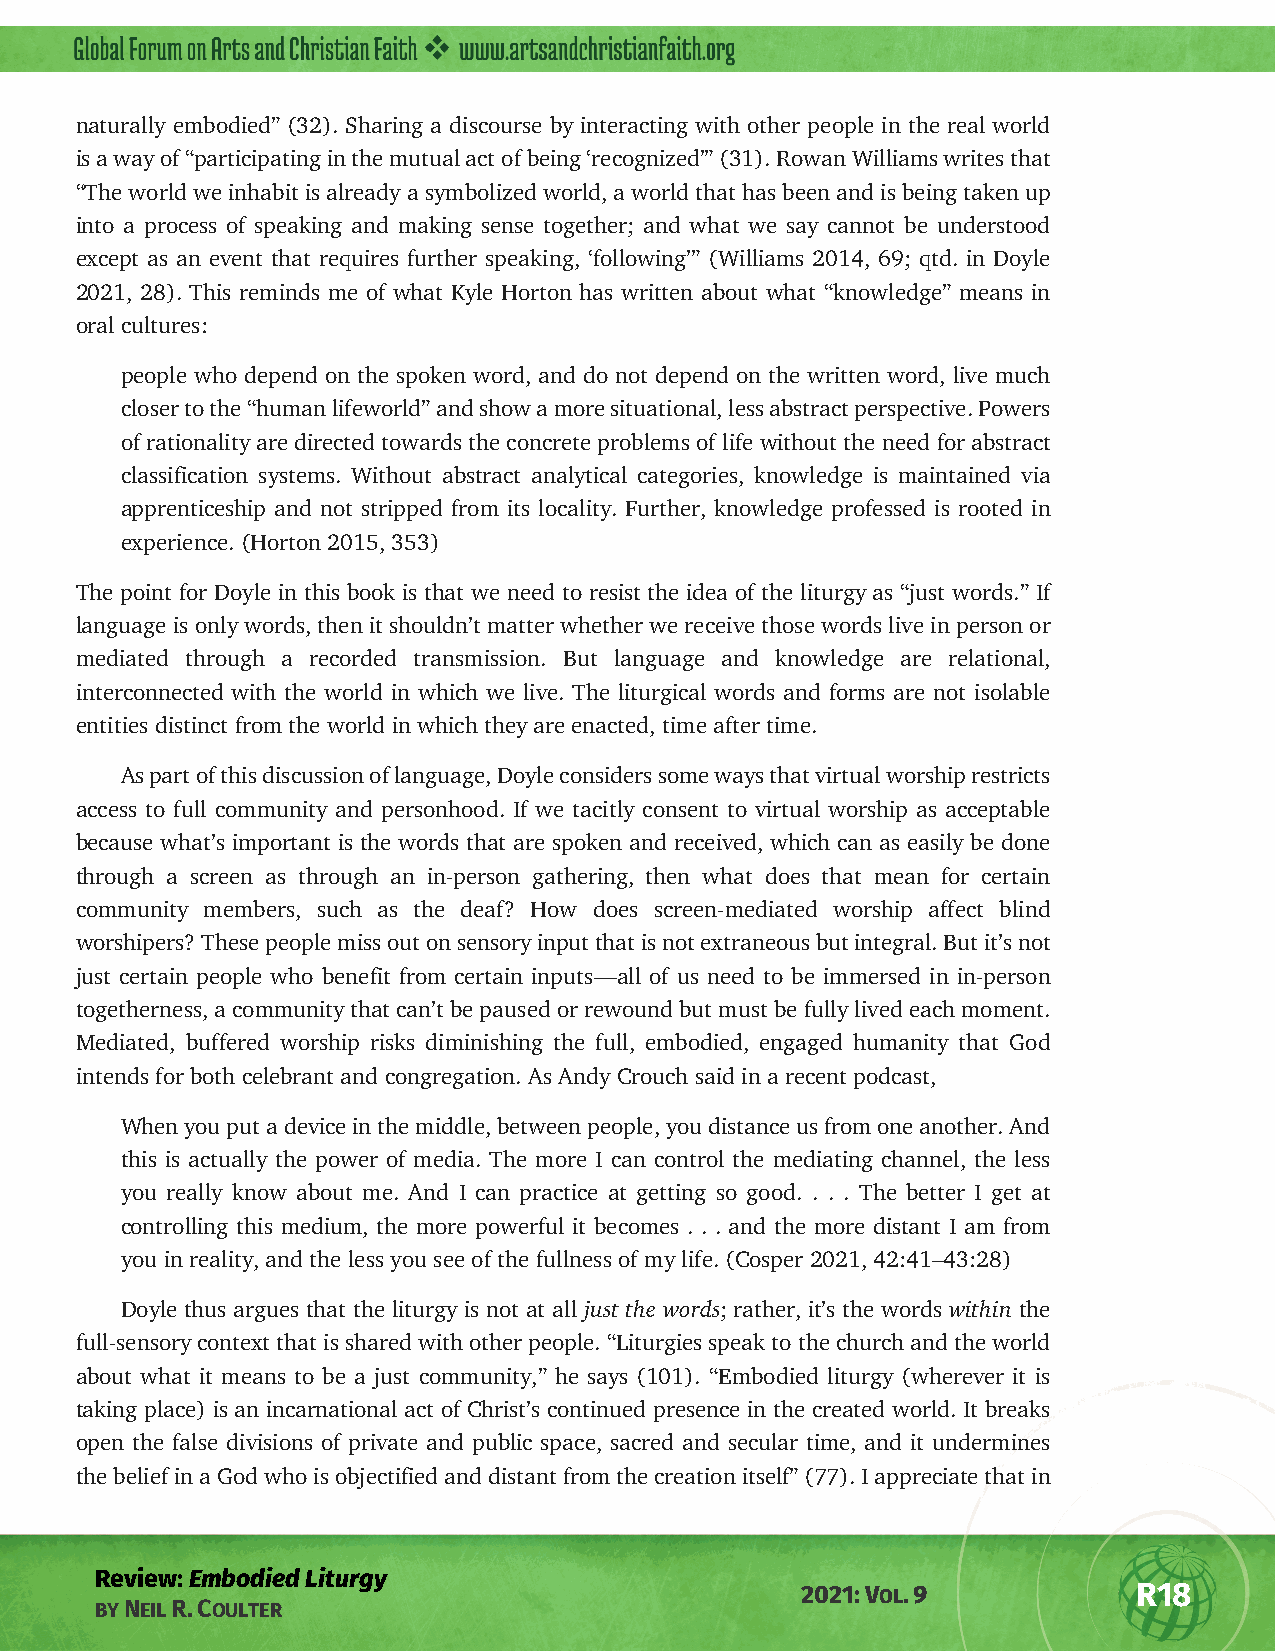
naturally embodied” (32). Sharing a discourse by interacting with other people in the real world
 is a way of “participating in the mutual act of being ‘recognized’” (31). Rowan Williams writes that
 “The world we inhabit is already a symbolized world, a world that has been and is being taken up
 into a process of speaking and making sense together; and what we say cannot be understood
 except as an event that requires further speaking, ‘following’” (Williams 2014, 69; qtd. in Doyle
 2021, 28). This reminds me of what Kyle Horton has written about what “knowledge” means in
 oral cultures:
 people who depend on the spoken word, and do not depend on the written word, live much
 closer to the “human lifeworld” and show a more situational, less abstract perspective. Powers
 of rationality are directed towards the concrete problems of life without the need for abstract
 classification systems. Without abstract analytical categories, knowledge is maintained via
 apprenticeship and not stripped from its locality. Further, knowledge professed is rooted in
 experience. (Horton 2015, 353)
 The point for Doyle in this book is that we need to resist the idea of the liturgy as “just words.” If
 language is only words, then it shouldn’t matter whether we receive those words live in person or
 mediated through a recorded transmission. But language and knowledge are relational,
 interconnected with the world in which we live. The liturgical words and forms are not isolable
 entities distinct from the world in which they are enacted, time after time.
 As part of this discussion of language, Doyle considers some ways that virtual worship restricts
 access to full community and personhood. If we tacitly consent to virtual worship as acceptable
 because what’s important is the words that are spoken and received, which can as easily be done
 through a screen as through an in-person gathering, then what does that mean for certain
 community members, such as the deaf? How does screen-mediated worship affect blind
 worshipers? These people miss out on sensory input that is not extraneous but integral. But it’s not
 just certain people who benefit from certain inputs—all of us need to be immersed in in-person
 togetherness, a community that can’t be paused or rewound but must be fully lived each moment.
 Mediated, buffered worship risks diminishing the full, embodied, engaged humanity that God
 intends for both celebrant and congregation. As Andy Crouch said in a recent podcast,
 When you put a device in the middle, between people, you distance us from one another. And
 this is actually the power of media. The more I can control the mediating channel, the less
 you really know about me. And I can practice at getting so good. . . . The better I get at
 controlling this medium, the more powerful it becomes . . . and the more distant I am from
 you in reality, and the less you see of the fullness of my life. (Cosper 2021, 42:41–43:28)
 Doyle thus argues that the liturgy is not at all just the words; rather, it’s the words within the
 full-sensory context that is shared with other people. “Liturgies speak to the church and the world
 about what it means to be a just community,” he says (101). “Embodied liturgy (wherever it is
 taking place) is an incarnational act of Christ’s continued presence in the created world. It breaks
 open the false divisions of private and public space, sacred and secular time, and it undermines
 the belief in a God who is objectified and distant from the creation itself” (77). I appreciate that in
 Review: Embodied Liturgy
 2021: VOL. 9          R18
 BY NEIL R. COULTER